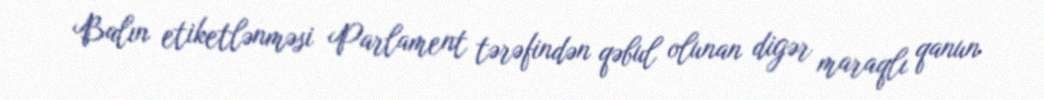
Balın etiketlənməsi Parlament tərəfindən qəbul olunan digər maraqlı qanun